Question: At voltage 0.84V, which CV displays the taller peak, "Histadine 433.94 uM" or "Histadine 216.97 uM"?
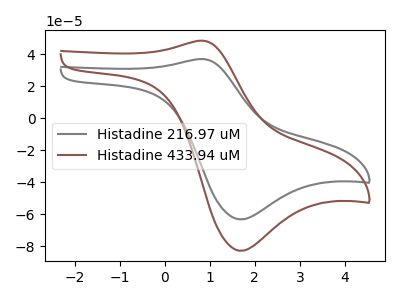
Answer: <think>The gray curve "Histadine 216.97 uM" has an anodic peak at (0.85V, 36.90uA) and a cathodic peak at (1.70V, -63.15uA). The brown curve "Histadine 433.94 uM" has an anodic peak at (0.85V, 48.35uA) and a cathodic peak at (1.70V, -82.75uA).</think>
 <answer>The peak at 0.84V is higher in "Histadine 433.94 uM" than in "Histadine 216.97 uM".</answer>
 <eval>higher</eval>